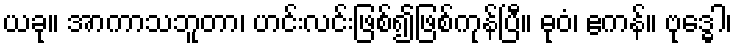
ယခု။ အာကာသဘူတာ၊ ဟင်းလင်းဖြစ်၍ဖြစ်ကုန်ပြီ။ ဓုဝံ၊ ဧကန်။ ဗုဒ္ဓေါ၊